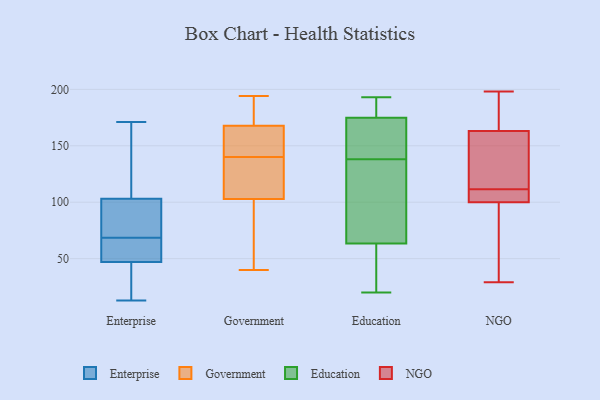
{"axis": {"x": "Production Output", "y": "Value"}, "legend": ["Education", "Enterprise", "Government", "NGO"], "data": [{"x": "", "y": 53, "type": "Enterprise"}, {"x": "", "y": 143, "type": "Enterprise"}, {"x": "", "y": 47, "type": "Enterprise"}, {"x": "", "y": 78, "type": "Enterprise"}, {"x": "", "y": 171, "type": "Enterprise"}, {"x": "", "y": 13, "type": "Enterprise"}, {"x": "", "y": 88, "type": "Enterprise"}, {"x": "", "y": 59, "type": "Enterprise"}, {"x": "", "y": 37, "type": "Enterprise"}, {"x": "", "y": 103, "type": "Enterprise"}, {"x": "", "y": 102, "type": "Government"}, {"x": "", "y": 140, "type": "Government"}, {"x": "", "y": 167, "type": "Government"}, {"x": "", "y": 157, "type": "Government"}, {"x": "", "y": 168, "type": "Government"}, {"x": "", "y": 153, "type": "Government"}, {"x": "", "y": 61, "type": "Government"}, {"x": "", "y": 194, "type": "Government"}, {"x": "", "y": 119, "type": "Government"}, {"x": "", "y": 40, "type": "Government"}, {"x": "", "y": 193, "type": "Government"}, {"x": "", "y": 105, "type": "Government"}, {"x": "", "y": 100, "type": "Government"}, {"x": "", "y": 182, "type": "Government"}, {"x": "", "y": 138, "type": "Government"}, {"x": "", "y": 147, "type": "Education"}, {"x": "", "y": 189, "type": "Education"}, {"x": "", "y": 138, "type": "Education"}, {"x": "", "y": 185, "type": "Education"}, {"x": "", "y": 125, "type": "Education"}, {"x": "", "y": 62, "type": "Education"}, {"x": "", "y": 132, "type": "Education"}, {"x": "", "y": 193, "type": "Education"}, {"x": "", "y": 20, "type": "Education"}, {"x": "", "y": 150, "type": "Education"}, {"x": "", "y": 59, "type": "Education"}, {"x": "", "y": 166, "type": "Education"}, {"x": "", "y": 178, "type": "Education"}, {"x": "", "y": 177, "type": "Education"}, {"x": "", "y": 44, "type": "Education"}, {"x": "", "y": 168, "type": "Education"}, {"x": "", "y": 68, "type": "Education"}, {"x": "", "y": 106, "type": "Education"}, {"x": "", "y": 33, "type": "Education"}, {"x": "", "y": 110, "type": "NGO"}, {"x": "", "y": 111, "type": "NGO"}, {"x": "", "y": 198, "type": "NGO"}, {"x": "", "y": 112, "type": "NGO"}, {"x": "", "y": 163, "type": "NGO"}, {"x": "", "y": 177, "type": "NGO"}, {"x": "", "y": 130, "type": "NGO"}, {"x": "", "y": 29, "type": "NGO"}, {"x": "", "y": 100, "type": "NGO"}, {"x": "", "y": 87, "type": "NGO"}]}